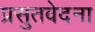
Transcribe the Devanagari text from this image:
प्रसुतवेदना